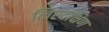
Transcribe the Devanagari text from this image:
लिएदक्षिण